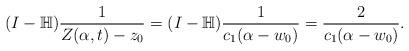
LaTeX: \begin{align*}(I-\mathbb{H})\frac{1}{Z(\alpha,t)-z_0}=(I-\mathbb{H})\frac{1}{c_1(\alpha-w_0)}=\frac{2}{c_1(\alpha-w_0)}.\end{align*}